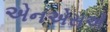
એનએસએ